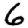
Digit: 6